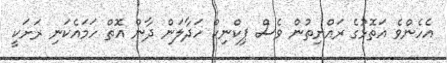
އެހެންވެ އަތޮޅުގެ ރައްޔިތުން ވެސް ޕިކްނިކް ހަދާލަން ދާން އޮތް ހަމައެކަނި ރަށަކީ